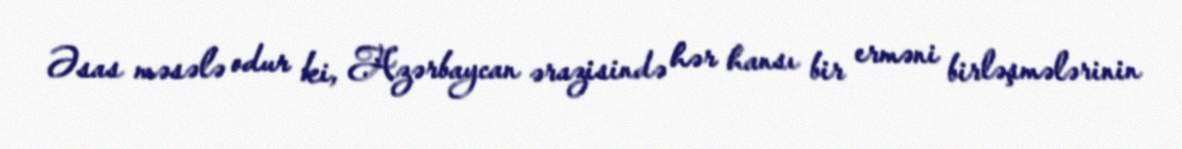
Əsas məsələ odur ki, Azərbaycan ərazisində hər hansı bir erməni birləşmələrinin